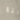
انا